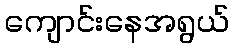
ကျောင်းနေအရွယ်